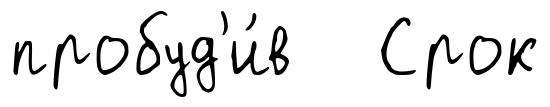
пробуд'и́в Срок